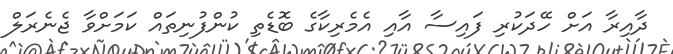
ދާއިރާ އަށް ހޭދަކުރި ފައިސާ އާއި އެމެރިކާގެ ބޮޑެތި ކުންފުނިތައް ކަމަށްވާ ޖެނެރަލް